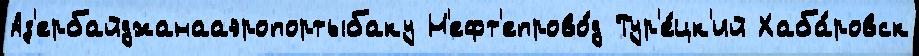
Аз'ербайджанааэропортыбаку Н'ефт'епрово́д Тур'е́цк'ий Хаба́ровск